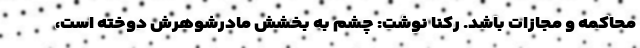
محاکمه و مجازات باشد. رکنا نوشت: چشم به بخشش مادرشوهرش دوخته است،